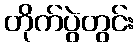
တိုက်ပွဲတွင်း